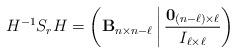
LaTeX: \begin{align*}H^{-1}S_rH=\left({\bf B}_{n\times n-\ell} \, \middle| \,\frac{{\bf 0}_{(n-\ell)\times\ell}}{I_{\ell\times\ell}} \right)\end{align*}